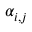
\alpha _ { i , j }